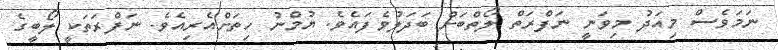
ނަމަވެސް މިއަދު މިވަނީ ނަފްރަތް ލޯތްބަށް ބަދަލުވެފައެވެ. ޔުމްނު ހިތަށްއެރިއެވެ. ނަފްރަތަކީ ލޯބީގެ